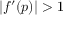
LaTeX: \left| f ^ { \prime } ( p ) \right| > 1